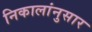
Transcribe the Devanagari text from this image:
निकालांनुसार